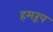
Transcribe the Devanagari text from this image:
हमरूप